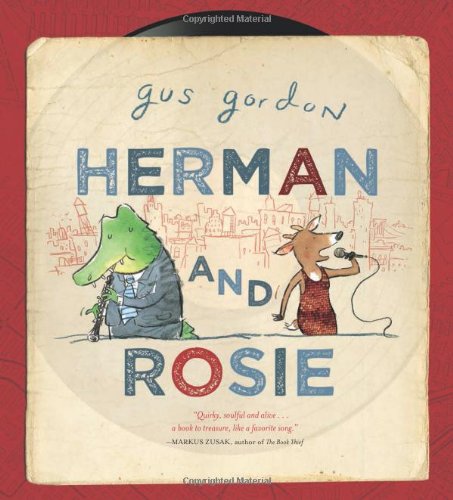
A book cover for Herman and Rosie; Gus Gordon; Children's Books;